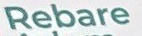
Rebar